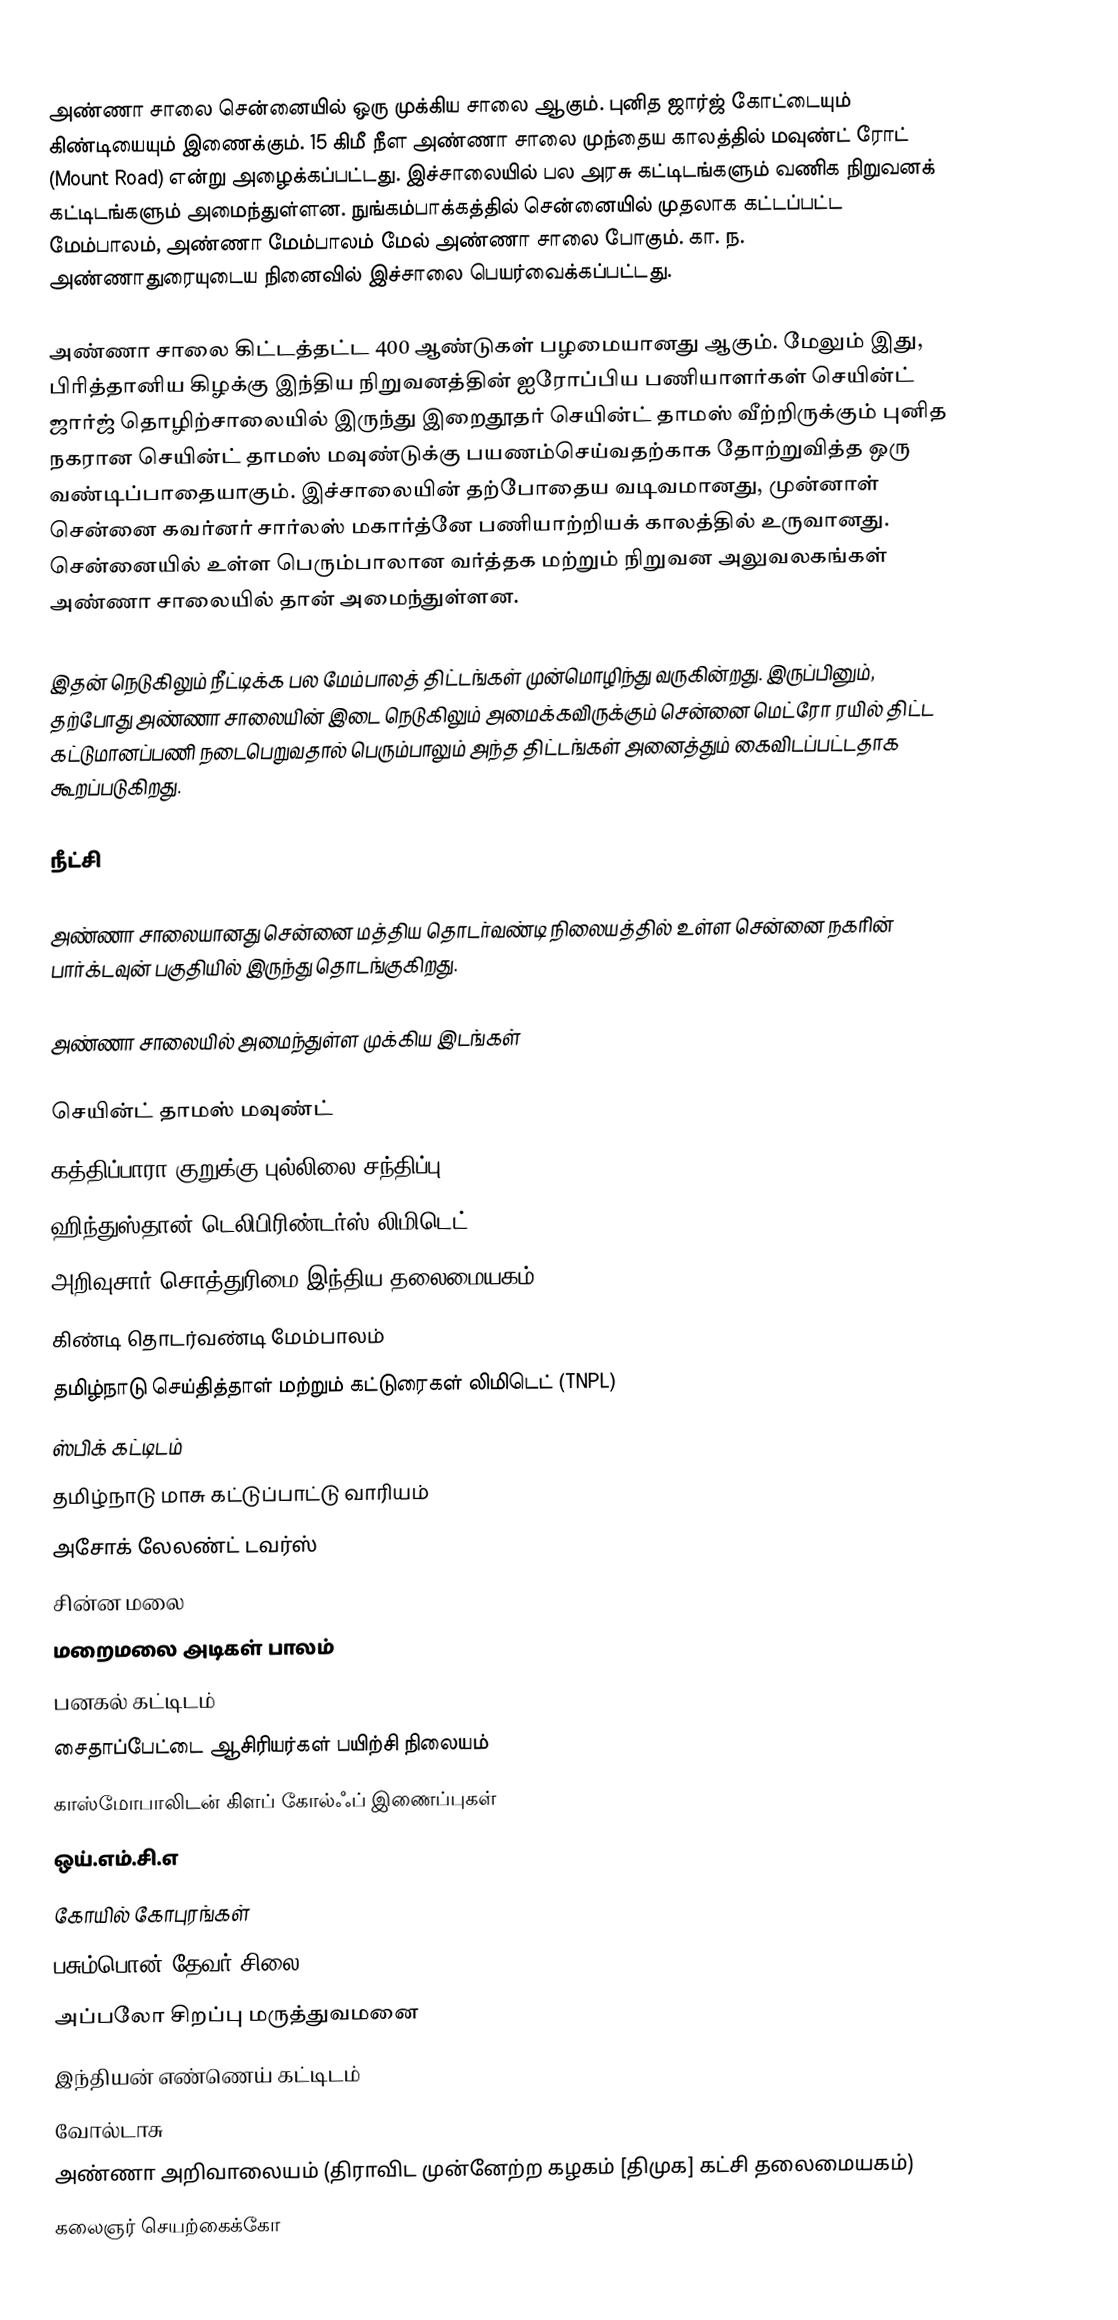
அண்ணா சாலை சென்னையில் ஒரு முக்கிய சாலை ஆகும். புனித ஜார்ஜ் கோட்டையும் கிண்டியையும் இணைக்கும். 15 கிமீ நீள அண்ணா சாலை முந்தைய காலத்தில் மவுண்ட் ரோட் (Mount Road) என்று அழைக்கப்பட்டது. இச்சாலையில் பல அரசு கட்டிடங்களும் வணிக நிறுவனக் கட்டிடங்களும் அமைந்துள்ளன. நுங்கம்பாக்கத்தில் சென்னையில் முதலாக கட்டப்பட்ட மேம்பாலம், அண்ணா மேம்பாலம் மேல் அண்ணா சாலை போகும். கா. ந. அண்ணாதுரையுடைய நினைவில் இச்சாலை பெயர்வைக்கப்பட்டது.

அண்ணா சாலை கிட்டத்தட்ட 400 ஆண்டுகள் பழமையானது ஆகும். மேலும் இது, பிரித்தானிய கிழக்கு இந்திய நிறுவனத்தின் ஐரோப்பிய பணியாளர்கள் செயின்ட் ஜார்ஜ் தொழிற்சாலையில் இருந்து இறைதூதர் செயின்ட் தாமஸ் வீற்றிருக்கும் புனித நகரான செயின்ட் தாமஸ் மவுண்டுக்கு   பயணம்செய்வதற்காக தோற்றுவித்த ஒரு வண்டிப்பாதையாகும். இச்சாலையின் தற்போதைய வடிவமானது, முன்னாள் சென்னை கவர்னர் சார்லஸ் மகார்த்னே பணியாற்றியக் காலத்தில் உருவானது. சென்னையில் உள்ள பெரும்பாலான வர்த்தக மற்றும் நிறுவன அலுவலகங்கள் அண்ணா சாலையில் தான் அமைந்துள்ளன.

இதன் நெடுகிலும் நீட்டிக்க பல மேம்பாலத் திட்டங்கள் முன்மொழிந்து வருகின்றது. இருப்பினும், தற்போது அண்ணா சாலையின் இடை நெடுகிலும் அமைக்கவிருக்கும் சென்னை மெட்ரோ ரயில் திட்ட கட்டுமானப்பணி நடைபெறுவதால் பெரும்பாலும் அந்த திட்டங்கள் அனைத்தும் கைவிடப்பட்டதாக கூறப்படுகிறது.

நீட்சி

அண்ணா சாலையானது சென்னை மத்திய தொடர்வண்டி நிலையத்தில் உள்ள சென்னை நகரின் பார்க்டவுன் பகுதியில் இருந்து தொடங்குகிறது.

அண்ணா சாலையில் அமைந்துள்ள முக்கிய இடங்கள்

 செயின்ட் தாமஸ் மவுண்ட்
 கத்திப்பாரா குறுக்கு புல்லிலை சந்திப்பு
 ஹிந்துஸ்தான் டெலிபிரிண்டர்ஸ் லிமிடெட்
 அறிவுசார் சொத்துரிமை இந்திய தலைமையகம்
 கிண்டி தொடர்வண்டி மேம்பாலம்
 தமிழ்நாடு செய்தித்தாள் மற்றும் கட்டுரைகள் லிமிடெட் (TNPL)
 ஸ்பிக் கட்டிடம்
 தமிழ்நாடு மாசு கட்டுப்பாட்டு வாரியம்
 அசோக் லேலண்ட் டவர்ஸ்
 சின்ன மலை
 மறைமலை அடிகள் பாலம்
 பனகல் கட்டிடம்
 சைதாப்பேட்டை ஆசிரியர்கள் பயிற்சி நிலையம்
 காஸ்மோபாலிடன் கிளப் கோல்ஃப் இணைப்புகள்
 ஒய்.எம்.சி.எ
 கோயில் கோபுரங்கள்
 பசும்பொன் தேவர் சிலை
 அப்பலோ சிறப்பு மருத்துவமனை
 இந்தியன் எண்ணெய் கட்டிடம்
 வோல்டாசு
 அண்ணா அறிவாலையம் (திராவிட முன்னேற்ற கழகம் [திமுக] கட்சி தலைமையகம்)
 கலைஞர் செயற்கைக்கோ